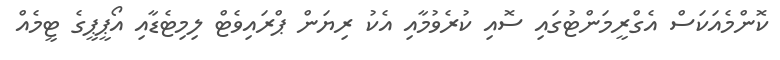
ކޮންމެއަކަސް އެގްރީމަންޓުގައި ސޮއި ކުރެވުމާއި އެކު ރިޔަން ޕްރައިވެޓް ލިމިޓެޑާއި އޯޕީޕީގެ ޓީމެއް